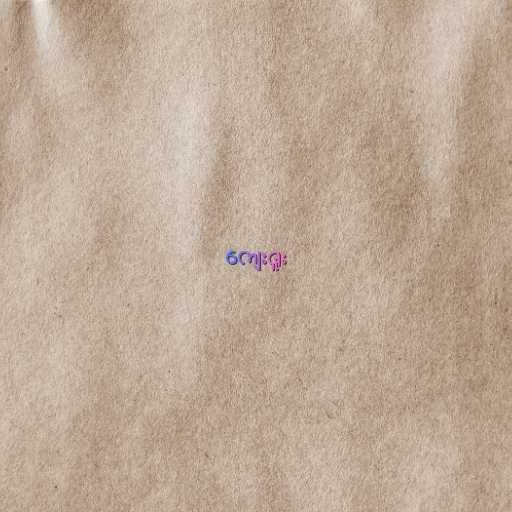
ကျေးဇူး